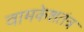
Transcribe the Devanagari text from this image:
वामकेशतंत्र